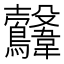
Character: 𩏻